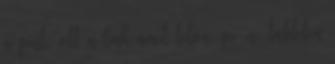
a pint, ott a link amit telón, pc-n, tableten